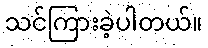
သင်ကြားခဲ့ပါတယ်။